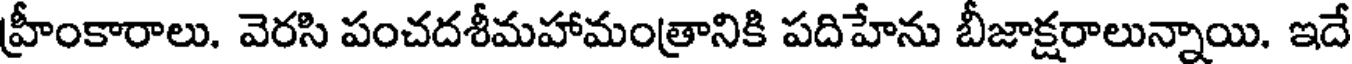
హ్రీంకారాలు. వెరసి పంచదశీమహామంత్రానికి పదిహేను బీజాక్షరాలున్నాయి. ఇదే